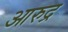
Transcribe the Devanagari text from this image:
आरुद्र